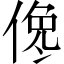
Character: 𠋂